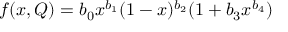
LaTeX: f ( x , Q ) = b _ { 0 } x ^ { b _ { 1 } } ( 1 - x ) ^ { b _ { 2 } } ( 1 + b _ { 3 } x ^ { b _ { 4 } } )